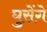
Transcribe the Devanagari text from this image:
घुसेंगे